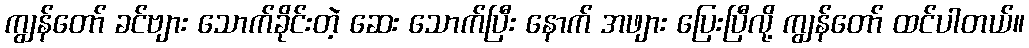
ကျွန်တော် ခင်ဗျား သောက်ခိုင်းတဲ့ ဆေး သောက်ပြီး နောက် အဖျား ပြေးပြီလို့ ကျွန်တော် ထင်ပါတယ်။